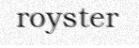
royster